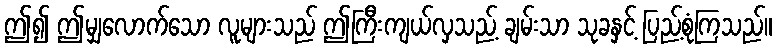
ဤ၍ ဤမျှလောက်သော လူများသည် ဤကြီးကျယ်လှသည့် ချမ်းသာ သုခနှင့် ပြည့်စုံကြသည်။